Vital statistics of India. Vol. V, Reports of 1876 on armies & jails and on epidemic cholera
Year: 1876
Disease focus: Cholera
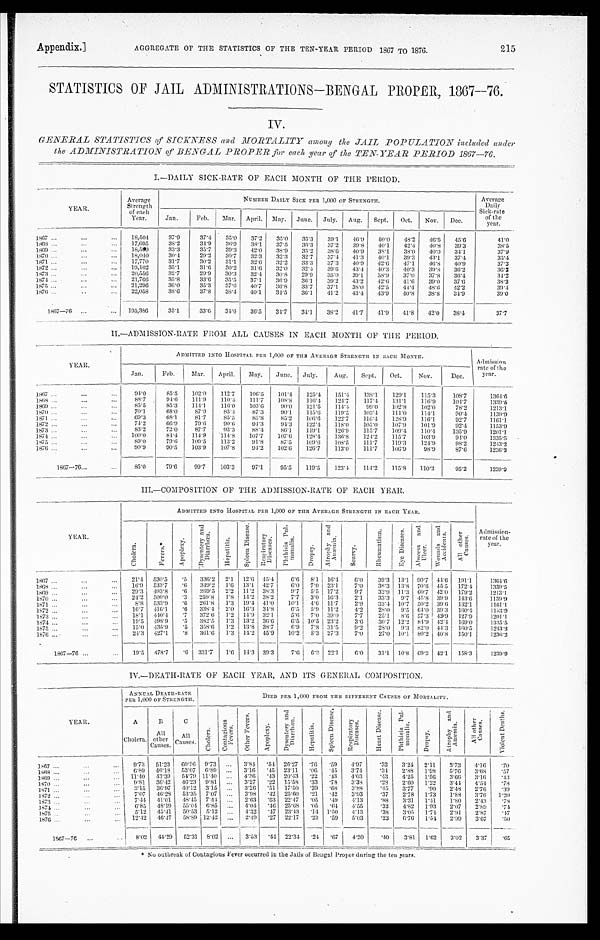
AGGREGATE OF THE STATISTICS OF THE TEN-YEAR PERIOD 1867 TO 1876.
Appendix.]
215
STATISTICS OF JAIL ADMINISTRATIONS—BENGAL PROPER, 1867-76.
IV.
GENERAL STATISTICS of SICKNESS and MORTALITY among the JAIL POPULATION included under
the ADMINISTRATION of BENGAL PROPER for each year of the TEN-YEAR PERIOD 1867—76.
I.—DAILY SICK-RATE OF EACH MONTH OF THE PERIOD.
YEAR.
Average
Strength of each
Year.
NUMBER DAILY SICK PER 1,000 OF STRENGTH.
Ave r a ge Da i l y Si c k- r a t e of t he ye a r .
Jan.
Feb.
Mar. April. May. June. July. Aug.
Sept.
Oct.
Nov.
Dec.
1867 ...
...
. . .
18,504
37.9
37.4
35.0
37.2
35.0
35.3
39.1
46.9
5 0 . 0
4 8 . 2
4 6 . 5
4 5 . 6
41.0
1868 ...
. . .
...
17,695
38.2
34.9
3 6 . 9
3 8 . 1
3 7 . 5
3 6 . 3
3 7 . 2
3 9 . 8
4 0 . 1
42.4
4 0 . 8 39.3
3 8 . 5
1869 ...
. . .
...
1 8 , 5 9 9
3 3 . 3
35.7
3 9 . 3 42.0
3 8 . 9
3 5 . 2
3 8 . 6
40.9
38.1
38.0
4 0 . 0
3 4 . 1
3 7 . 9
1870 ...
. . .
...
18,040
30.4
29.2
30.7
32.3
32.3
32.7
3 7 . 4
41.3
40.1
3 9 . 3
4 3 . 1
37.4
3 5 . 4
1871
. . .
. . .
. . .
17,770
31.7
30.2
31.1
32.6
32.2
33.3
37.3
40.9
42.6
47.1
46.8
4 0 . 9
37.3
1872
. . .
. . .
. . .
19,102
35.1
3 1 . 6
30.2
31.6
32.0
32.4
3 9 . 6
43.4
40.3
40.3
39.8
36.2
3 6 . 2
1873 ...
...
...
20,556
32.7
29.9
30.3
32.4
30.8
29.9
35.0
39.1
3 8 . 9
37.0
37.8
36. 4
3 4 . 2
1874
. . .
. . .
. . .
21,766
35.8
3 3 . 6 35.5
37.1
36.9
36.1
3 9 . 2
43.2
42.6
41.6
39.0
37. 6
3 8 . 2
1875 ...
...
. . .
21,296
36. 0
3 5 . 3
3 7 . 6
4 0 . 7
3 6 . 8
33.7
37.1
3 8 . 0
42.5
4 4 . 4
4 8 . 6
4 2 . 2
3 9 . 4
1876 ...
..
...
22,058
3 8 . 6
37.8
3 8 . 4 40.1
34.5
36.1
41.2
43.4
43.9
40.8
38.8
3 4 . 9
3 9 . 0
1867—76 ...
...
195,386
35.1
33.6
3 4 . 6 36.5
34.7
3 4 . 1 38.2
41.7
41.9
41.8
42.0
38.4
37.7
II.—ADMISSION-RATE FROM ALL CAUSES IN EACH MONTH OF THE PERIOD.
YEAR.
ADMITTED INTO HOSPITAL PER 1,000 OF THE AVERAGE STRENGTH IN EACH MONTH.
Admission rate of the year.
Jan.
Feb.
Mar.
April.
May.
June. July.
Aug.
Sept.
Oct.
Nov.
Dec.
1 8 6 7 ...
. . .
...
94.0
85.5
102.0
112.7
106.5
101.4
1 2 5 . 4
151.4
138.1
129.1
115.3
1 0 8 . 7
1364.6
1 8 6 8 . . .
. . .
. . .
88.7
9 4 . 6
111.9
110.4
111.7
1 0 8 . 8
1 1 6 . 4
124.7
117.4
131.1
116.9
1 0 4 . 7
1339.5
1 8 6 9 . . .
. . .
. . .
85.5
85.3
1 1 4 . 1
116.0
103.6
90.0
1 2 1 . 5
1 1 4 . 4
99.0
102.8
102.0
78.2
1213.1
1 8 7 0 . . .
. . .
. . .
70.1
6 8 . 0
8 7 . 9
85.4
87.3
90.1
1 1 5 . 6
1 1 9 . 5
103.4
111.0
114.1
9 0 . 4
1 1 3 9 . 9
1871 ...
. . .
. . .
69.3
68.1
81.7
85.5
8 5 . 8
8 5 . 2
1 0 6 . 6
122.7
116.4
128.9
116.1
92.7
1161.1
1 8 7 2 . . .
. . .
. . .
74.2
6 6 . 9
79.6
90.6
9 4 . 3
94.3
122.4
118.0
1 0 5 . 0
1 0 7 . 9
101.9
92.4
1153.9
1873
. . .
. . .
. . .
83.2
72.0
87.7
93.3
88.4
86.1
119.1
126.9
115.7
1 0 9 . 4
110.4
105.9
1201.1
1 8 7 4 . . .
. . .
. . .
100.0
84.4
1 1 4 . 9
114.8
107.7
107.6
128.4
136.8
124.2
115.7
103.9
9 4 . 0
1335.5
1 8 7 5
. . .
. . .
. . .
89.0
7 9 . 6
1 0 9 . 5
113.2
9 1 . 8
87.5
1 0 9 . 6
108.5
111.7
119.3
1 2 4 . 9
98.2
1243.2
1 8 7 6
. . .
. . .
. . .
90.9
9 0 . 5
103.9
107.8
94.2
102.6
126.7
113.0
111.7
106.9
98.9
87.6
1236.2
1867—76...
...
8 5 . 0
79.6
99.7
103.3
9 7 . 1
95.5
119.5
1 2 3 . 4
114.2
115.8
1 1 0 . 2
9 5 . 2
1 2 3 9 . 9
III.—COMPOSITION OF THE ADMISSION-RATE OF EACH YEAR.
Y EAR.
ADMITTED INTO HOSPITAL PER 1,000 OF THE AVERAGE STRENGTH IN EACH YEAR.
A d m i s s i o n - r a t e o f t h e y e a r .
C h o l e r a .
F e v e r s ‫٭.‬
A p o p l e x y .
D y s e n t e r y a n d D i a r r h œ a .
H e p a t i t i s .
S p l e e n D i s e a s e .
R e s p i r a t o r y D i s e a s e s .
P h t h i s i s P u l m o n a l i s .
D r o p s y .
A t r o p h y a n d A n æ m i a .
S c u r v y .
R h e u m a t i s m . E y e D i s e a s e s .
A b s c e s s a n d U l c e r .
W o u n d s a n d A c c i d e n t s .
A l l o t h e r C a u s e s .
1 8 6 7
. . .
. . .
. . .
2 1 . 4
5 3 0 . 5
. 5 336.2 2.1 12.6 45.4
6 . 6 8.1
16.4
6 . 0
3 9 . 3 13.1 90.7
4 4 . 6 191.1
1364.6
1 8 6 8
. . .
. . .
. . .
16.9 533.7
. 6
349. 2
1.6 13.1 42.7
6 . 0 7.0 23.1
7.0
3 6 . 3 13.8 70.6
4 5 . 5
172.4
1 3 3 9 . 5
1 8 6 9
. . .
. . .
. . .
2 9 . 3 493.8
. 6
269. 5
2.2 11.2 38.3
9 . 7 5 . 5 17.2
9 . 7
3 2 . 9 11.3 60.7
4 2 . 0
179.2
1 2 1 3 . 1
1870
...
...
. . .
24.2 500.0
. 3 259.8
1.8
14. 2 38.2
7.7
3 . 0 16.3
2 . 1
3 3 . 3 9.7
45.8
3 9 . 9
143. 6
1 1 3 9 . 9
1 8 7 1
. . .
. . .
. . .
8 . 8
5 3 3 . 9
. 6 261.8
1.3 19.4 41.0
10.1
4.6 11.7
2 . 9
3 2 . 4
10.7 50.2
3 9 . 6
132. 1
1161.1
1 8 7 2
. . .
. . .
. . .
16.7 416.1
. 6 338.4 2.0 16.3 34.8
6.5 5.9 11.2
4.2
28.0
9. 5 64.0
3 9 . 3
160. 4
1 1 5 3 . 9
1 8 7 3
. . .
. . .
. . . 18.1
4 4 0 . 4
. 7 372.6
1.2
14. 9
32.1
5 . 6 7.0 39.0
7.7
25.1
8.6 57.3
4 2 . 9
127. 9
1 2 0 1 . 1
1 8 7 4
. . .
. . .
. . .
19.5
4 9 8 . 9
. 5
382. 5
1.3
13. 2
36.6
6 . 5 10. 5 23.2
3 . 6
3 0 . 7 12.2
84.9
4 2 . 4
169. 0
1 3 3 5 . 5
1 8 7 5
. . .
. . .
. . .
1 5 . 0 435.9
. 5 358.6
1.2 13.8 38.7
6 . 9 7.8 31.5
9 . 2
2 8 . 0
9. 3 82.0
4 4 . 3 160.5
1243.2
1 8 7 6
. . .
. . .
. . .
24.3 427.1
. 8 361.6
1.3 14.2 45.9
10.2
8 . 3 27.3
7.0
27.0
10. 1 80.2 40.8 150.1
1236.2
1867—76 ...
...
19.5 478.7
. 6 331.7
1.6 14.3 39.3
7 . 6 6.922.1
6 . 0
3 1 . 1 10.8 69.3 42.1 158.3
1239.9
IV.—DEATH-RATE OF EACH YEAR, AND ITS GENERAL COMPOSITION.
YEAR.
A N N U A L D E A T H - R A T E P E R 1 , 0 0 0 O F S T R E N G T H .
D I E D P E R 1 , 0 0 0 F R O M T H E D I F F E R E N T C A U S E S O F M O R T A L I T Y .
A
Cholera.
B
A l l o t h e r C a u s e s .
C
A l l C a u s e s .
C h o l e r a .
C o n t a g i o u s F e v e r s .
O t h e r F e v e r s .
A p o p l e x y .
D y s e n t e r y a n d D i a r r h œ a .
H e p a t i t i s .
S p l e e n D i s e a s e s .
R e s p i r a t o r y D i s e a s e s .
H e a r t D i s e a s e .
P h t h i s i s P u l m o n a l i s .
D r o p s y .
A t r o p h y a n d A n æ m i a .
A l l o t h e r C a u s e s .
V i o l e n t D e a t h s .
1 8 6 7
. . .
. . .
. . .
9 . 7 3
51. 23
6 0 . 9 6
9 . 7 3 ...
3.84
. 5 4
26. 27
. 7 6
. 59
4. 97
. 3 2
3. 24
2 . 1 1
'
3.73
4 . 1 6
. 7 0
1 8 6 8
. . .
. . .
. . .
6 . 8 9
46. 18
5 3 . 0 7
6 . 8 9 ...
3.16
. 4 5
23. 11
. 0 6
. 45
3.74
. 3 4
2 . 8 8
1 . 9 8
5. 76
3 . 6 8
. 5 7
1869 ...
. . .
. . . 11.40 43.39
5 4 . 7 9
1 1 . 4 0 ...
4.36
. 4 3
20. 43
. 2 2
. 43
4. 03
. 4 3
4 . 2 5
1 . 5 6
3. 66
3 . 1 6
. 4 3
1 8 7 0
. . .
. . .
. . .
9 . 8 1
36. 42
4 6 . 2 3
9 . 8 1
. . .
3.27 .22 15.58
. 3 3
. 7 8
3. 38
. 2 8
2 . 6 0
1 . 2 2
3. 44
4 . 5 4
. 7 8
1 8 7 1
. . .
. . .
. . .
3 . 1 5
36. 97 40.12 3.15 ...
3.26
. 5 1
17. 50
. 3 9
. 68
3. 88
. 4 5
3 . 7 7
. 9 0
2. 48
2 . 7 6
. 3 9
1 8 7 2
. . .
. . .
. . . 7.07
46. 28 53.35 7.07
. . .
3.98
. 4 2
25. 60
. 2 1
. 42
3. 93
. 3 7 2.78
1 . 7 3 1.88
3 . 7 6
1 . 2 0
1 8 7 3
. . .
. . .
. . .
7 . 4 4
41. 01
4 8 . 4 5
7 . 4 4 ...
2.63
. 6 3
22. 47
. 0 5
. 49
4. 13
. 8 8
3 . 3 1
1 . 4 1
1. 80
2 . 4 3
. 7 8
1874
. . .
. . .
. . .
6 . 8 5
48. 19 55.04 6.85
. . .
4.04
. 4 6
25. 68
. 0 5
. 64
4. 55
. 3 2
4 . 8 2
1 . 9 3
2. 07
2 . 8 9
. 7 4
1 8 7 5
. . .
. . .
. . .
5 . 1 2
45. 41
5 0 . 5 3
5 . 1 2 ...
4.32
. 4 7
23. 43
. 1 4
1. 50
4. 13
. 3 8
3 . 0 5
1 . 7 4
2. 91
2 . 8 7
. 4 7
1 8 7 6
. . .
. . .
. . .
1 2 . 4 2
46. 47
5 8 . 8 9
1 2 . 4 2 ...
2.49
. 2 7
22. 17
. 2 3
. 59
5.03
.23
6 . 7 6
1 . 5 4
2. 99
3.67
. 5 0
1867—76
. . .
. . .
8 . 0 2 44.29
52.31 8.02 ...
3.53
. 4 4 22.34
. 2 4
. 67
4 . 2 0
.40
3.81 1.62
3 . 0 2 3.37
. 6 5
‫٭‬ N o o u t b r e a k o f C o n t a g i o u s F e v e r o c c u r r e d i n t h e J a i l s o f B e n g a l P r o p e r d u r i n g t h e t e n y e a r s .